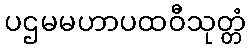
ပဌမမဟာပထဝီသုတ္တံ